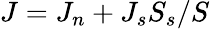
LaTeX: J=J_{n}+J_{s}S_{s}/S